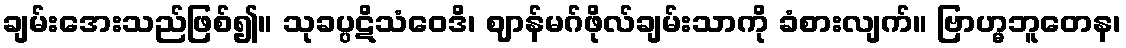
ချမ်းအေးသည်ဖြစ်၍။ သုခပ္ပဋိသံဝေဒိ၊ ဈာန်မဂ်ဖိုလ်ချမ်းသာကို ခံစားလျက်။ ဗြာဟ္မဘူတေန၊